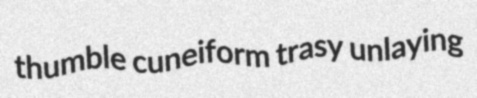
thumble cuneiform trasy unlaying